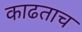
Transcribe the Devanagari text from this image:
काढताच